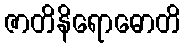
ဇာတိနိရောဓောတိ